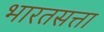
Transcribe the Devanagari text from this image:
भारतसत्ता